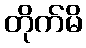
တိုက်မိ